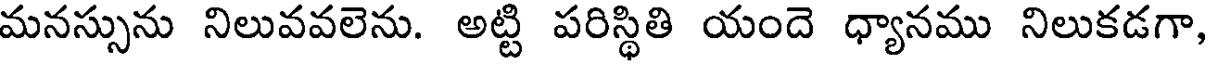
మనస్సును నిలువవలెను. అట్టి పరిస్థితి యందె ధ్యానము నిలుకడగా,